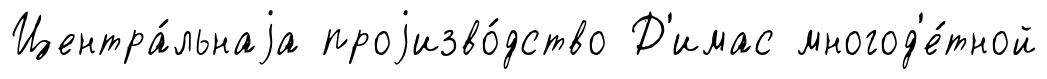
Центра́льнаjа проjизво́дство Д'имас многод'е́тной